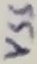
Text: VS